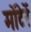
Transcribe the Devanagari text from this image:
मोंटेर्रे